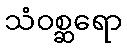
သံဝစ္ဆရော